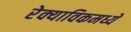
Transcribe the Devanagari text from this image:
रेक्याविकमध्ये